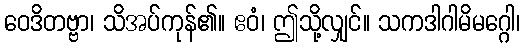
ဝေဒိတဗ္ဗာ၊ သိအပ်ကုန်၏။ ဧဝံ၊ ဤသို့လျှင်။ သကဒါဂါမိမဂ္ဂေါ၊